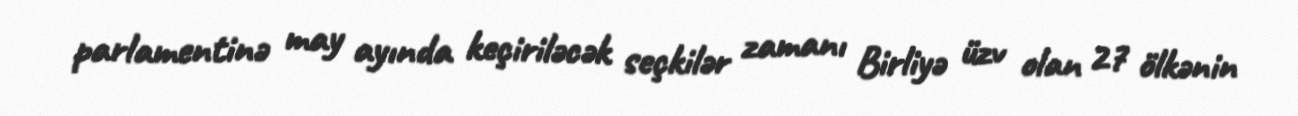
parlamentinə may ayında keçiriləcək seçkilər zamanı Birliyə üzv olan 27 ölkənin